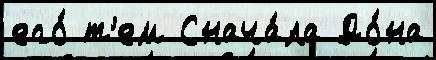
его́ т'ем Снача́ла До́на